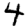
Digit: 4